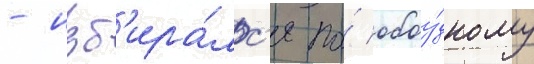
- изб'ира́лс'я по́ обоу́дному